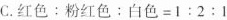
C.$$红 色 : 粉 红 色 : 白 色 = 1 : 2 : 1$$